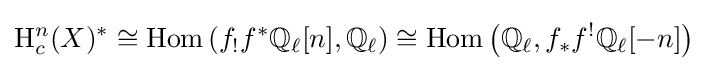
\mathrm {H} _{c}^{n}(X)^{*}\cong \operatorname {Hom} \left(f_{!}f^{*}\mathbb {Q} _{\ell }[n],\mathbb {Q} _{\ell }\right)\cong \operatorname {Hom} \left(\mathbb {Q} _{\ell },f_{*}f^{!}\mathbb {Q} _{\ell }[-n]\right)